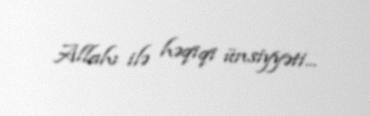
Allahı ilə həqiqi ünsiyyəti...